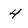
Character: 4